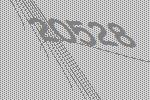
20528